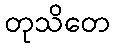
တုသိတေ